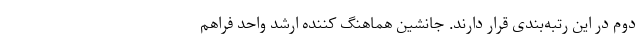
دوم در این رتبه‌بندی قرار دارند. جانشین هماهنگ کننده ارشد واحد فراهم